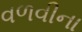
વળવીના